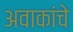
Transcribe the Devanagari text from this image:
अवाकांचे